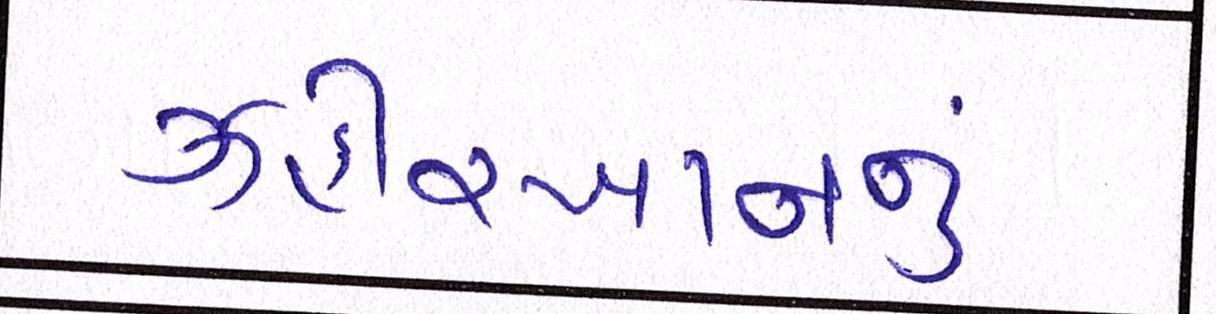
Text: ઝહીરખાનનું